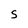
Character: S